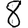
Digit: 8